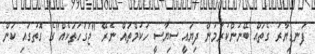
ފަނޑިޔާރު ގެތައް ބޭނުންކުރަމުން ދިޔައީ ސިޔާސީ ހުކުމްތައް ނެރޭ "ޖަގަހަތަކެއް"ގެ ގޮތުގައި ކަން